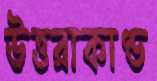
উত্তরাকাণ্ড